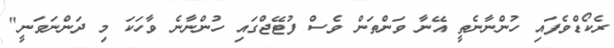
ރެކޯޑްވެފައި ހުންނާނެތީ އޭނާ ވަންތަން ވެސް ފުޓޭޖްގައި ހުންނާނެ ވާހަކަ މި ދަންނަވަނީ"